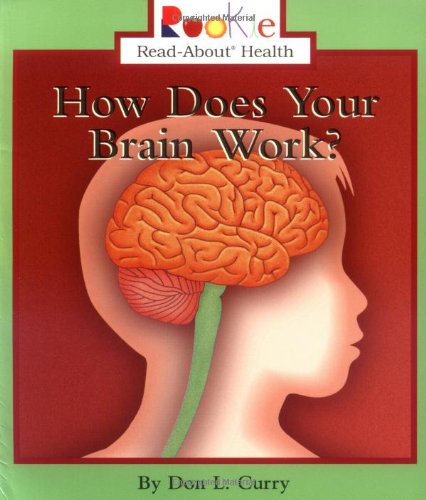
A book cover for How Does Your Brain Work (Rookie Read-About Health); Don L. Curry; Children's Books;